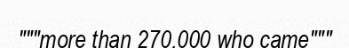
"""more than 270,000 who came"""